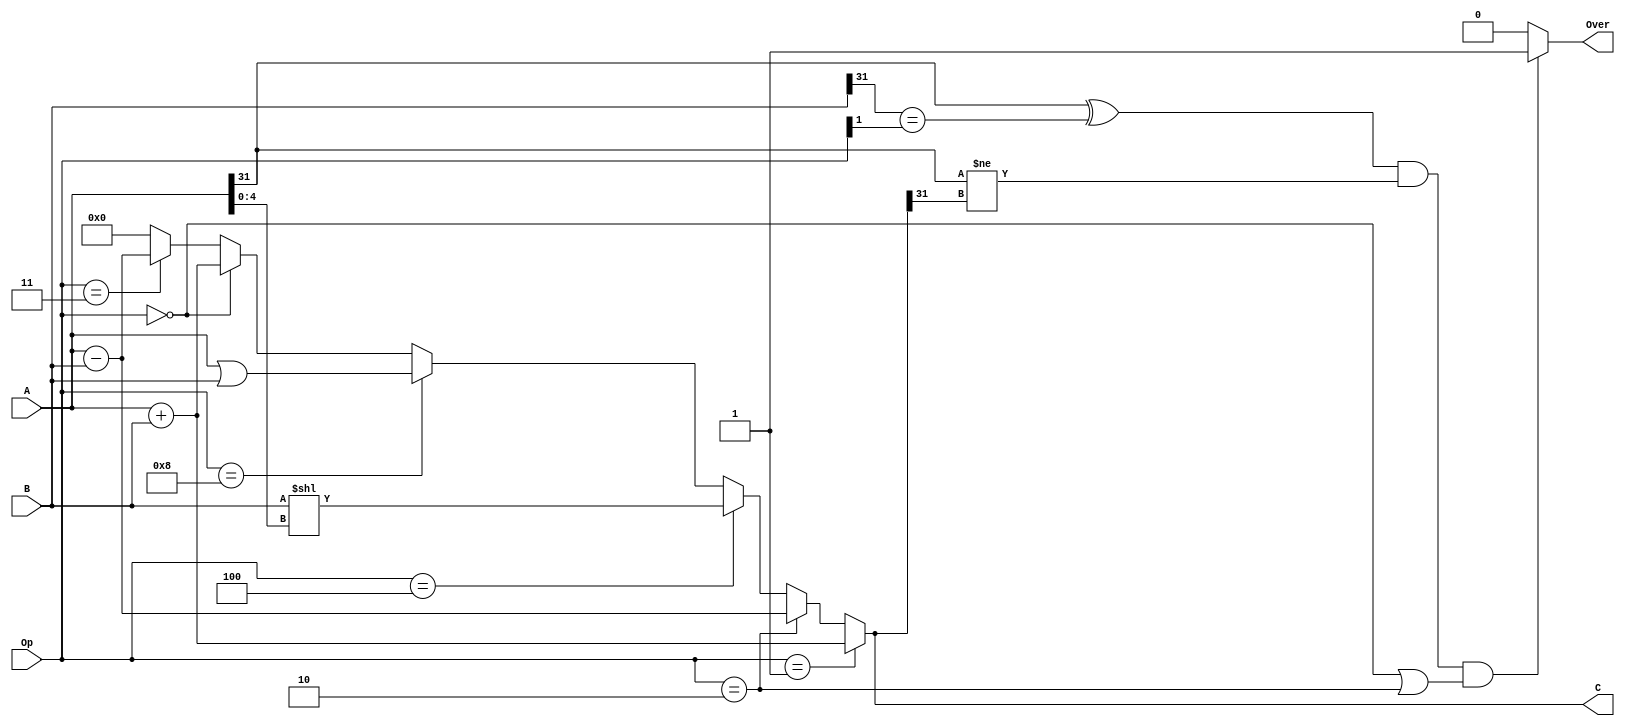
`timescale 1ns / 1ns
//////////////////////////////////////////////////////////////////////////////////
// Company: 
// Engineer: 
// 
// Design Name: 
// Module Name: ALU
// Project Name: 
// Target Devices: 
// Tool Versions: 
// Description: 
// 
// Dependencies: 
// 
// Revision:
// Revision 0.01 - File Created
// Additional Comments:
// 
//////////////////////////////////////////////////////////////////////////////////


module ALU(
    input [31:0] A,
    input [31:0] B,
    input [3:0] Op,
    output [31:0] C,
    output Over
    );
    
    
       assign C = 
       
               (Op == 'b0001) ? A + B:
               (Op == 'b0010) ? A - B :
               (Op == 'b0100) ? (B << A[4:0]): 
               (Op == 'b1000) ? (A | B):
                
               //(Op == 'b0101) ? (B >> A[4:0]): 
               //(Op == 'b0110) ? (($signed(B)) >>> A[4:0]):           
               //(Op == 'b0111) ? (A & B): 
               //(Op == 'b1001) ? (A ^ B): 
               //(Op == 'b1010) ? (~(A | B)): 
               (Op == 'b0000) ? A + B:
               (Op == 'b0011) ? A - B: 
               0;
    assign Over = ((A[31] ^ B[31] == Op[1]) & (A[31] != C[31]) & (Op== 'b0000 || Op == 'b0010))? 1 : 0 ;
   
endmodule